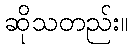
ဆိုသတည်း။